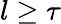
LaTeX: l\geq\tau